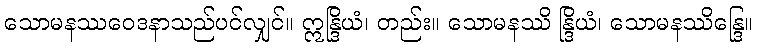
သောမနဿဝေဒနာသည်ပင်လျှင်။ ဣန္ဒြိယံ၊ တည်း။ သောမနဿိ န္ဒြိယံ၊ သောမနဿိန္ဒြေ။